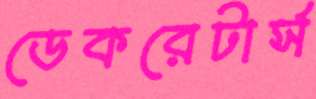
ডেকরেটার্স